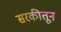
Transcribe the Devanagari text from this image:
सरकीतून